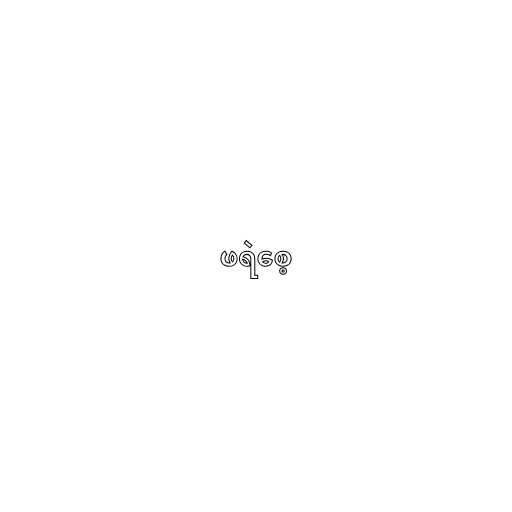
ဖရဲစေ့